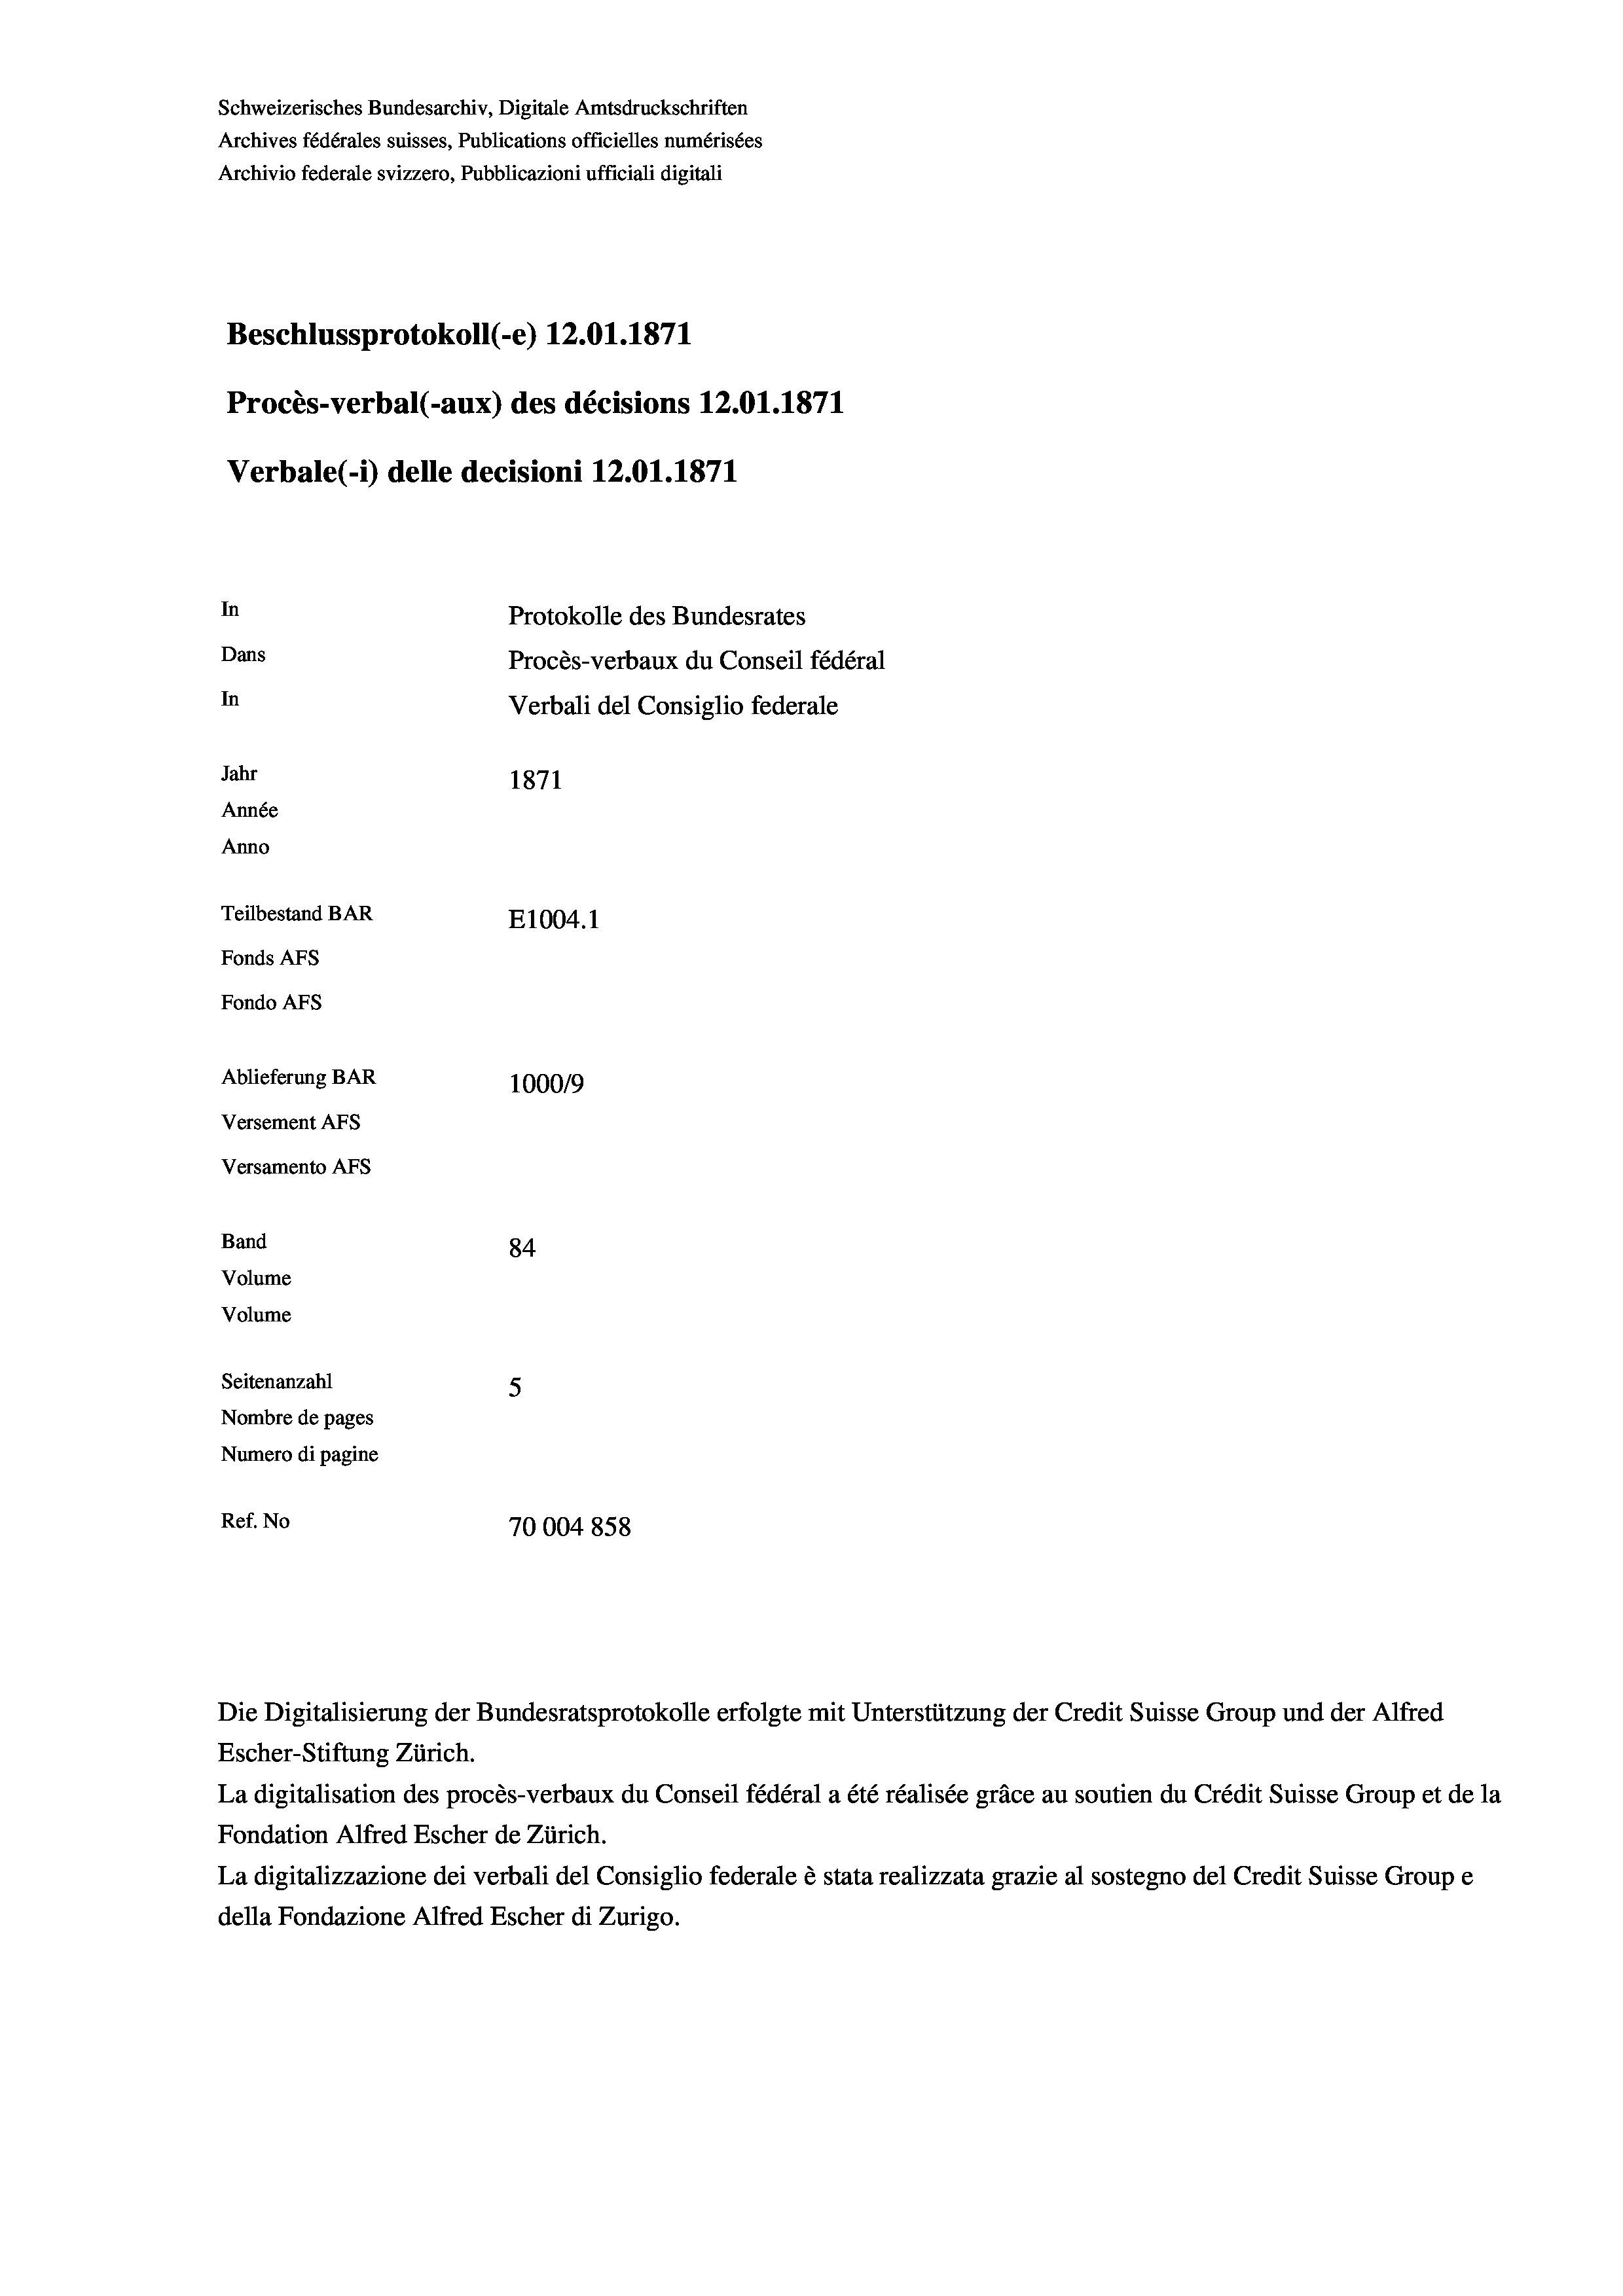
Schweizerisches Bundesarchiv, Digitale Amtsdruckschriften
Archives fédérales suisses, Publications officielles numérisées
Archivio federale svizzero, Pubblicazioni ufficiali digitali
Beschlussprotokoll (-e) 12.01. 1871
Procès-verbal (-aux) des décisions 12.01.1871
Verbale(-*) delle decisioni 12.01. 1871
In
Protokolle des Bundesrates
Dans
Procès-verbaux du Conseil fédéral
In
Verbali del Consiglio federale
Jahr
1871
Année
Anno
Teilbestand BAR
E1004. 1
Fonds AFs
Fondo AFs
Ablieferung BAR
100019
Versement Abs
Versamento Afs
Band
84
Volume
Volume
Seitenanzahl
5

Nombre de pages
Numero di pagine
Ref. No
70004 858

Escher-Stiftung Zürich.
La digitalisation des procès-verbaux du Conseil fédéral a été réalisée gräce au soutien du Crédit Suisse Group et de la
Fondation Alfred Escher de Zürich.
La digitalizzazione dei verbali del Consiglio federale è stata realizzata grazie al sostegno del Credit Suisse Groupe
della Fondazione Alfred Escher di Zurigo.

Die Digitalisierung der Bundesratsprotokolle erfolgte mit Unterstützung der Credit Suisse Group und der Alfred